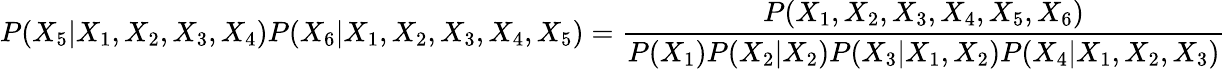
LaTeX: P(X_{5}|X_{1},X_{2},X_{3},X_{4})P(X_{6}|X_{1},X_{2},X_{3},X_{4},X_{5})=\frac{P(X_{1},X_{2},X_{3},X_{4},X_{5},X_{6})}{P(X_{1})P(X_{2}|X_{2})P(X_{3}|X_{1},X_{2})P(X_{4}|X_{1},X_{2},X_{3})}